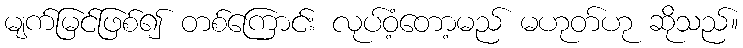
မျက်မြင်ဖြစ်၍ တစ်ကြောင်း လုပ်ဝံ့တော့မည် မဟုတ်ဟု ဆိုသည်။